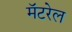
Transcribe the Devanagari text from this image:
मॅटरेल